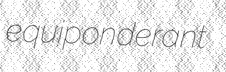
equiponderant